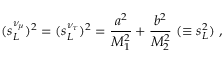
( s _ { L } ^ { \nu _ { \mu } } ) ^ { 2 } = ( s _ { L } ^ { \nu _ { \tau } } ) ^ { 2 } = \frac { a ^ { 2 } } { M _ { 1 } ^ { 2 } } + \frac { b ^ { 2 } } { M _ { 2 } ^ { 2 } } \ ( \equiv s _ { L } ^ { 2 } ) \ ,